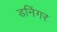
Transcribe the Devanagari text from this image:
डनिंगर